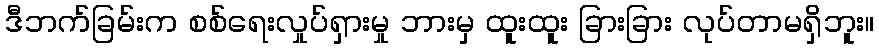
ဒီဘက်ခြမ်းက စစ်ရေးလှုပ်ရှားမှု ဘားမှ ထူးထူး ခြားခြား လုပ်တာမရှိဘူး။